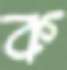
ক